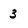
Character: 3